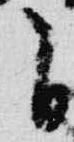
自